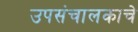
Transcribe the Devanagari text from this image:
उपसंचालकाचे